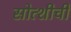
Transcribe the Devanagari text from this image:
सोत्शीची